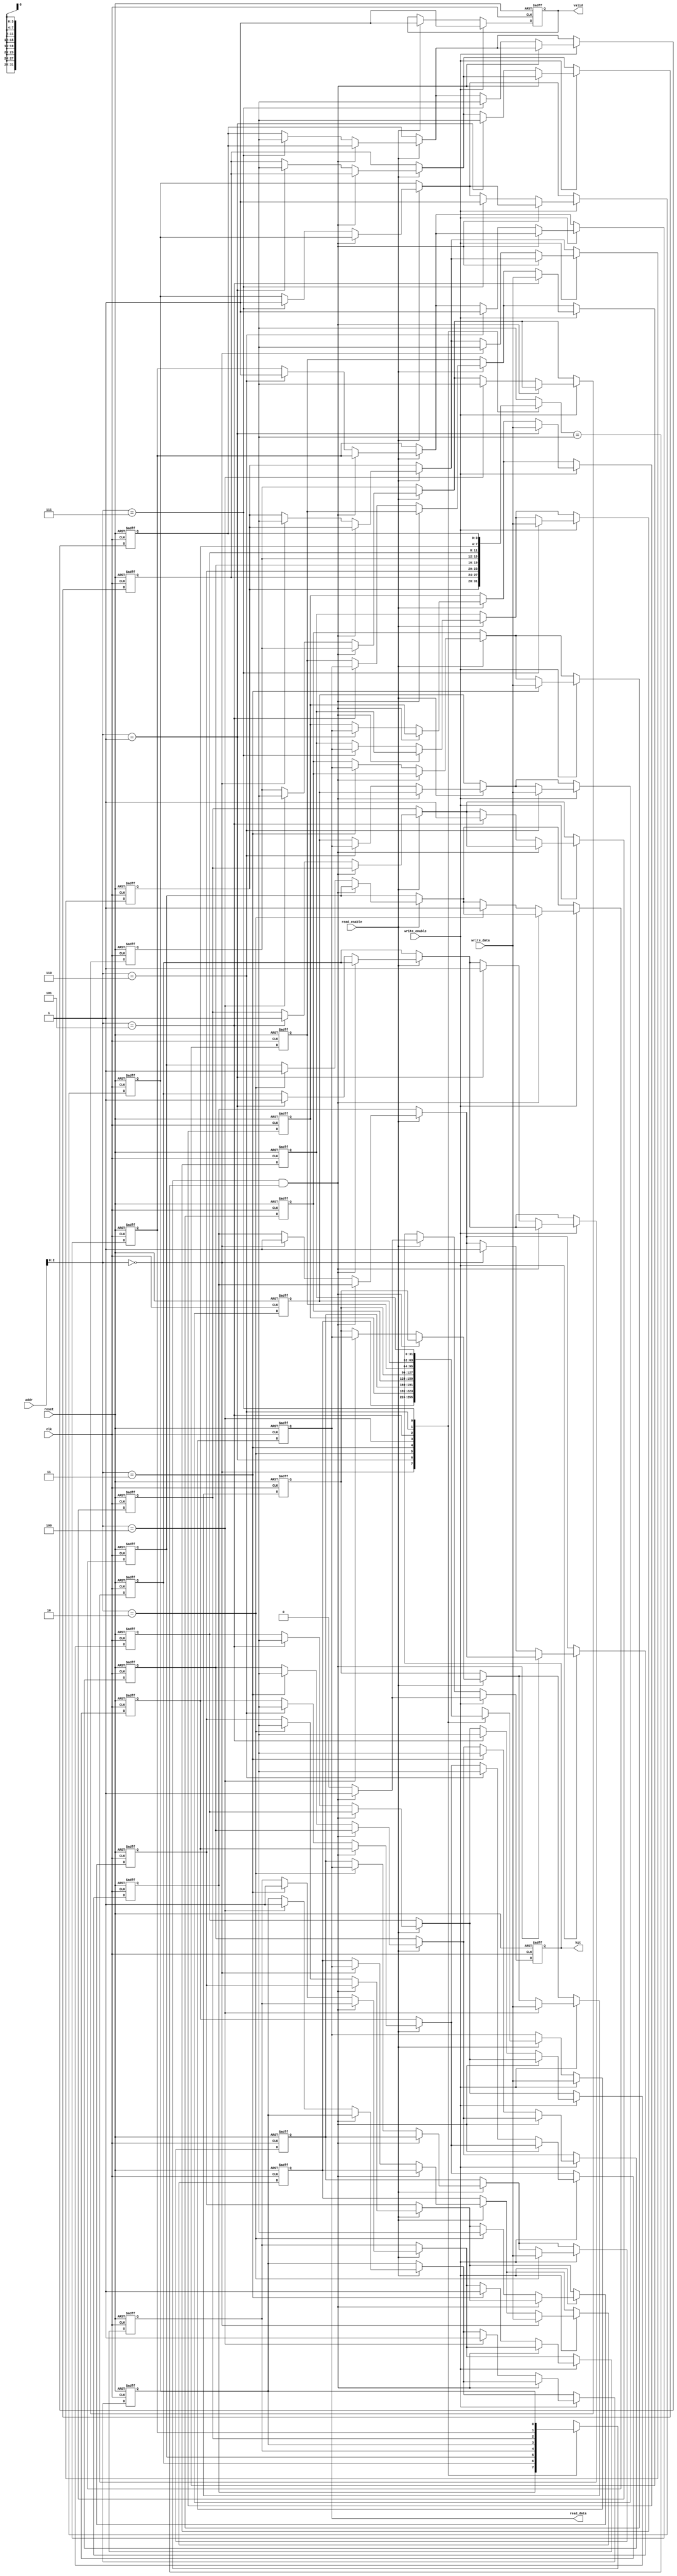
module WriteThroughCache #(
    parameter CACHE_SIZE = 8,      // Number of cache lines
    parameter ADDRESS_WIDTH = 4,    // Log2(CACHE_SIZE)
    parameter DATA_WIDTH = 32        // Data width
)(
    input wire clk,
    input wire reset,
    input wire [ADDRESS_WIDTH-1:0] addr,  // Input address
    input wire [DATA_WIDTH-1:0] write_data, // Data to write
    input wire write_enable,                // Write enable signal
    input wire read_enable,                 // Read enable signal
    output reg [DATA_WIDTH-1:0] read_data, // Data output
    output reg hit,                         // Cache hit signal
    output reg valid                        // Valid output signal
);

    // Cache line structure
    reg [(DATA_WIDTH-1):0] cache_data [0:CACHE_SIZE-1]; // Cache lines data
    reg [ADDRESS_WIDTH-1:0] cache_tag [0:CACHE_SIZE-1];  // Cache lines tags
    reg cache_valid [0:CACHE_SIZE-1];                   // Valid bits
  
    integer i;

    // Initial state for cache
    initial begin
        for (i = 0; i < CACHE_SIZE; i = i + 1) begin
            cache_valid[i] = 0;
            cache_data[i] = 0;
            cache_tag[i] = {ADDRESS_WIDTH{1'b0}};
        end
    end

    // Address decoder
    wire [ADDRESS_WIDTH-1:0] index = addr[ADDRESS_WIDTH-1:0];
    wire [ADDRESS_WIDTH-1:0] tag = addr[ADDRESS_WIDTH+1 +: ADDRESS_WIDTH]; // Adjust based on address organization

    // Cache hit/miss detection
    wire cache_hit = cache_valid[index] && (cache_tag[index] == tag);

    // Control logic
    always @(posedge clk or posedge reset) begin
        if (reset) begin
            for (i = 0; i < CACHE_SIZE; i = i + 1) begin
                cache_valid[i] <= 0;
                cache_data[i] <= 0;
                cache_tag[i] <= {ADDRESS_WIDTH{1'b0}};
            end
            valid <= 0;
            hit <= 0;
            read_data <= 0;
        end else begin
            if (read_enable) begin
                if (cache_hit) begin
                    // Cache hit
                    read_data <= cache_data[index];
                    hit <= 1;
                    valid <= 1;
                end else begin
                    // Cache miss: simulate fetching from backing store (not implemented)
                    read_data <= cache_data[index]; // Ideally, fetch from main memory
                    cache_valid[index] <= 1;
                    cache_tag[index] <= tag;
                    cache_data[index] <= read_data; // Load fetched data
                    hit <= 0;
                    valid <= 1;
                end
            end

            if (write_enable) begin
                if (cache_hit) begin
                    // Cache hit: update cache and memory
                    cache_data[index] <= write_data;
                    read_data <= write_data; // Returning the write data as read data for this example
                    
                    // Simulate write to backing store (not implemented)
                    hit <= 1;
                    valid <= 1;
                end else begin
                    // Cache miss: update cache and memory
                    cache_valid[index] <= 1;
                    cache_tag[index] <= tag;
                    cache_data[index] <= write_data;
                    read_data <= write_data; // Returning the write data as read data for this example

                    // Simulate write to backing store (not implemented)
                    hit <= 0;
                    valid <= 1;
                end
            end
        end
    end

endmodule